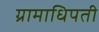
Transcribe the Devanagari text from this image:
ग्रामाधिपती